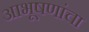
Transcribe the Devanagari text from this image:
आभूषणांचा